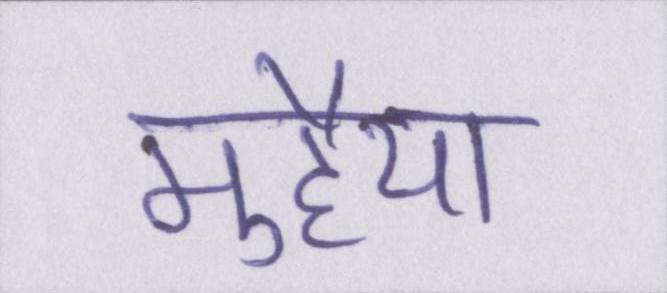
मुहैया